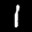
Label: 1